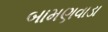
બામણવાડા